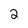
Character: 2